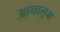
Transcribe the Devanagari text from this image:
आनालुम